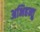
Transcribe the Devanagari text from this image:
अभिहन्तु